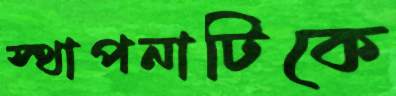
স্থাপনাটিকে